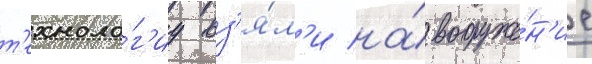
т'ехноло́г'иу вз'я́л'и на́ вооруже́н'ие